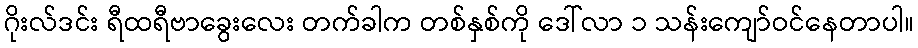
ဂိုးလ်ဒင်း ရီထရီဗာခွေးလေး တက်ခါက တစ်နှစ်ကို ဒေါ်လာ ၁ သန်းကျော်ဝင်နေတာပါ။